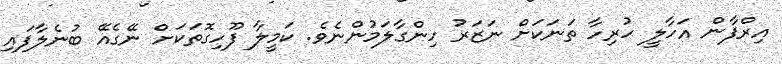
އިރްފާން އަހާލީ ހުރިހާ ތަނަކަށް ނަޒަރު ހިންގާލަމުންނެވެ. ކަމީލާ ފޫހިގޮތަކަށް ނޭގެއޭ ބުނެލާފައި